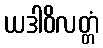
ယဒါဝိလတ္တံ